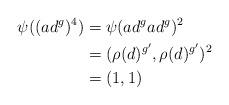
LaTeX: \begin{align*}\psi((ad^g)^4) &= \psi(ad^gad^g)^2 \\&=(\rho(d)^{g'}, \rho(d)^{g'})^2 \\&=(1,1)\end{align*}